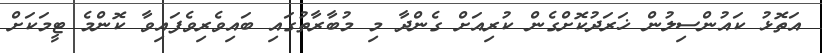
އަތޮޅު ކައުންސިލުން ޚަރަދުކޮށްގެން ކުރިއަށް ގެންދާ މި މުބާރާތުގައި ބައިވެރިވެފައިވާ ކޮންމެ ޓީމަކަށް